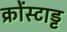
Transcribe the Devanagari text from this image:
क्रोंस्टाड्ट